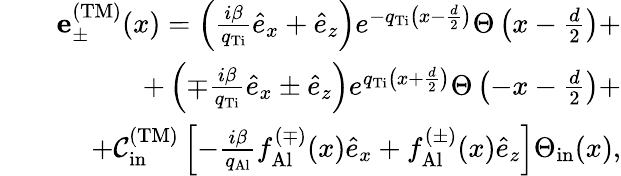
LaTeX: \begin{array}{rlr}&{}&{{\mathbf e}_{\pm}^{\mathrm{(TM)}}(x)=\left(\frac{i\beta}{q_{\mathrm{Ti}}}\hat{e}_{x}+\hat{e}_{z}\right)e^{-q_{\mathrm{Ti}}\left(x-\frac{d}{2}\right)}\Theta\left(x-\frac{d}{2}\right)+}\\ &{}&{+\left(\mp\frac{i\beta}{q_{\mathrm{Ti}}}\hat{e}_{x}\pm\hat{e}_{z}\right)e^{q_{\mathrm{Ti}}\left(x+\frac{d}{2}\right)}\Theta\left(-x-\frac{d}{2}\right)+}\\ &{}&{+{\cal C}_{\mathrm{in}}^{\mathrm{(TM)}}\left[-\frac{i\beta}{q_{\mathrm{Al}}}f_{\mathrm{Al}}^{(\mp)}(x)\hat{e}_{x}+f_{\mathrm{Al}}^{(\pm)}(x)\hat{e}_{z}\right]\Theta_{\mathrm{in}}(x),}\end{array}